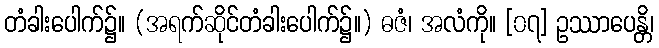
တံခါးပေါက်၌။ (အရက်ဆိုင်တံခါးပေါက်၌။) ဓဇံ၊ အလံကို။ [၀၇] ဥဿာပေန္တိ၊